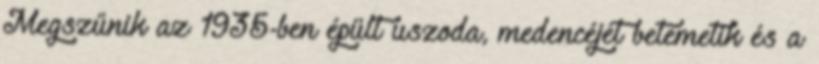
Megszűnik az 1935-ben épült uszoda, medencéjét betemetik és a